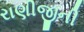
રાણીજીની